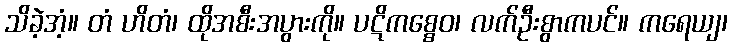
သိခဲ့အံ့။ တံ ဟိတံ၊ ထိုအစီးအပွားကို။ ပဋိကစ္စေဝ၊ လက်ဦးစွာကပင်။ ကရေယျ၊